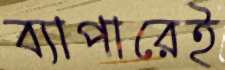
ব্যাপারেই